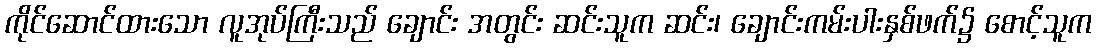
ကိုင်ဆောင်ထားသော လူအုပ်ကြီးသည် ချောင်း အတွင်း ဆင်းသူက ဆင်း၊ ချောင်းကမ်းပါးနှစ်ဖက်၌ စောင့်သူက